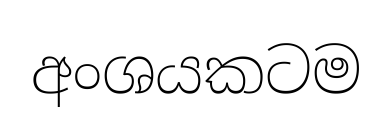
අංශයකටම